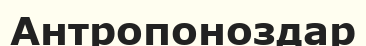
Антропоноздар